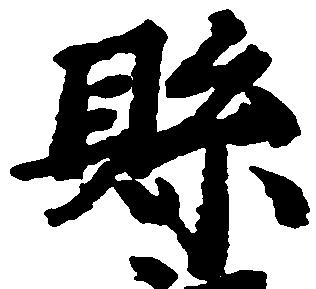
県